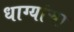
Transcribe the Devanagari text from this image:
धाग्यांचा